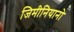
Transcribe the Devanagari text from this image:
जिमीनियानो